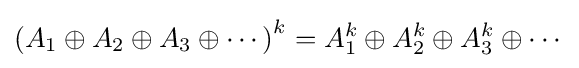
\left(A_{1}\oplus A_{2}\oplus A_{3}\oplus \cdots \right)^{k}=A_{1}^{k}\oplus A_{2}^{k}\oplus A_{3}^{k}\oplus \cdots